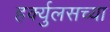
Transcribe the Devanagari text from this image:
हर्क्युलसच्या